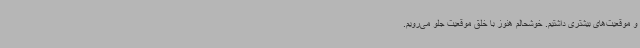
و موقعیت‌های بیشتری داشتیم. خوشحالم هنوز با خلق موقعیت جلو می‌رویم.